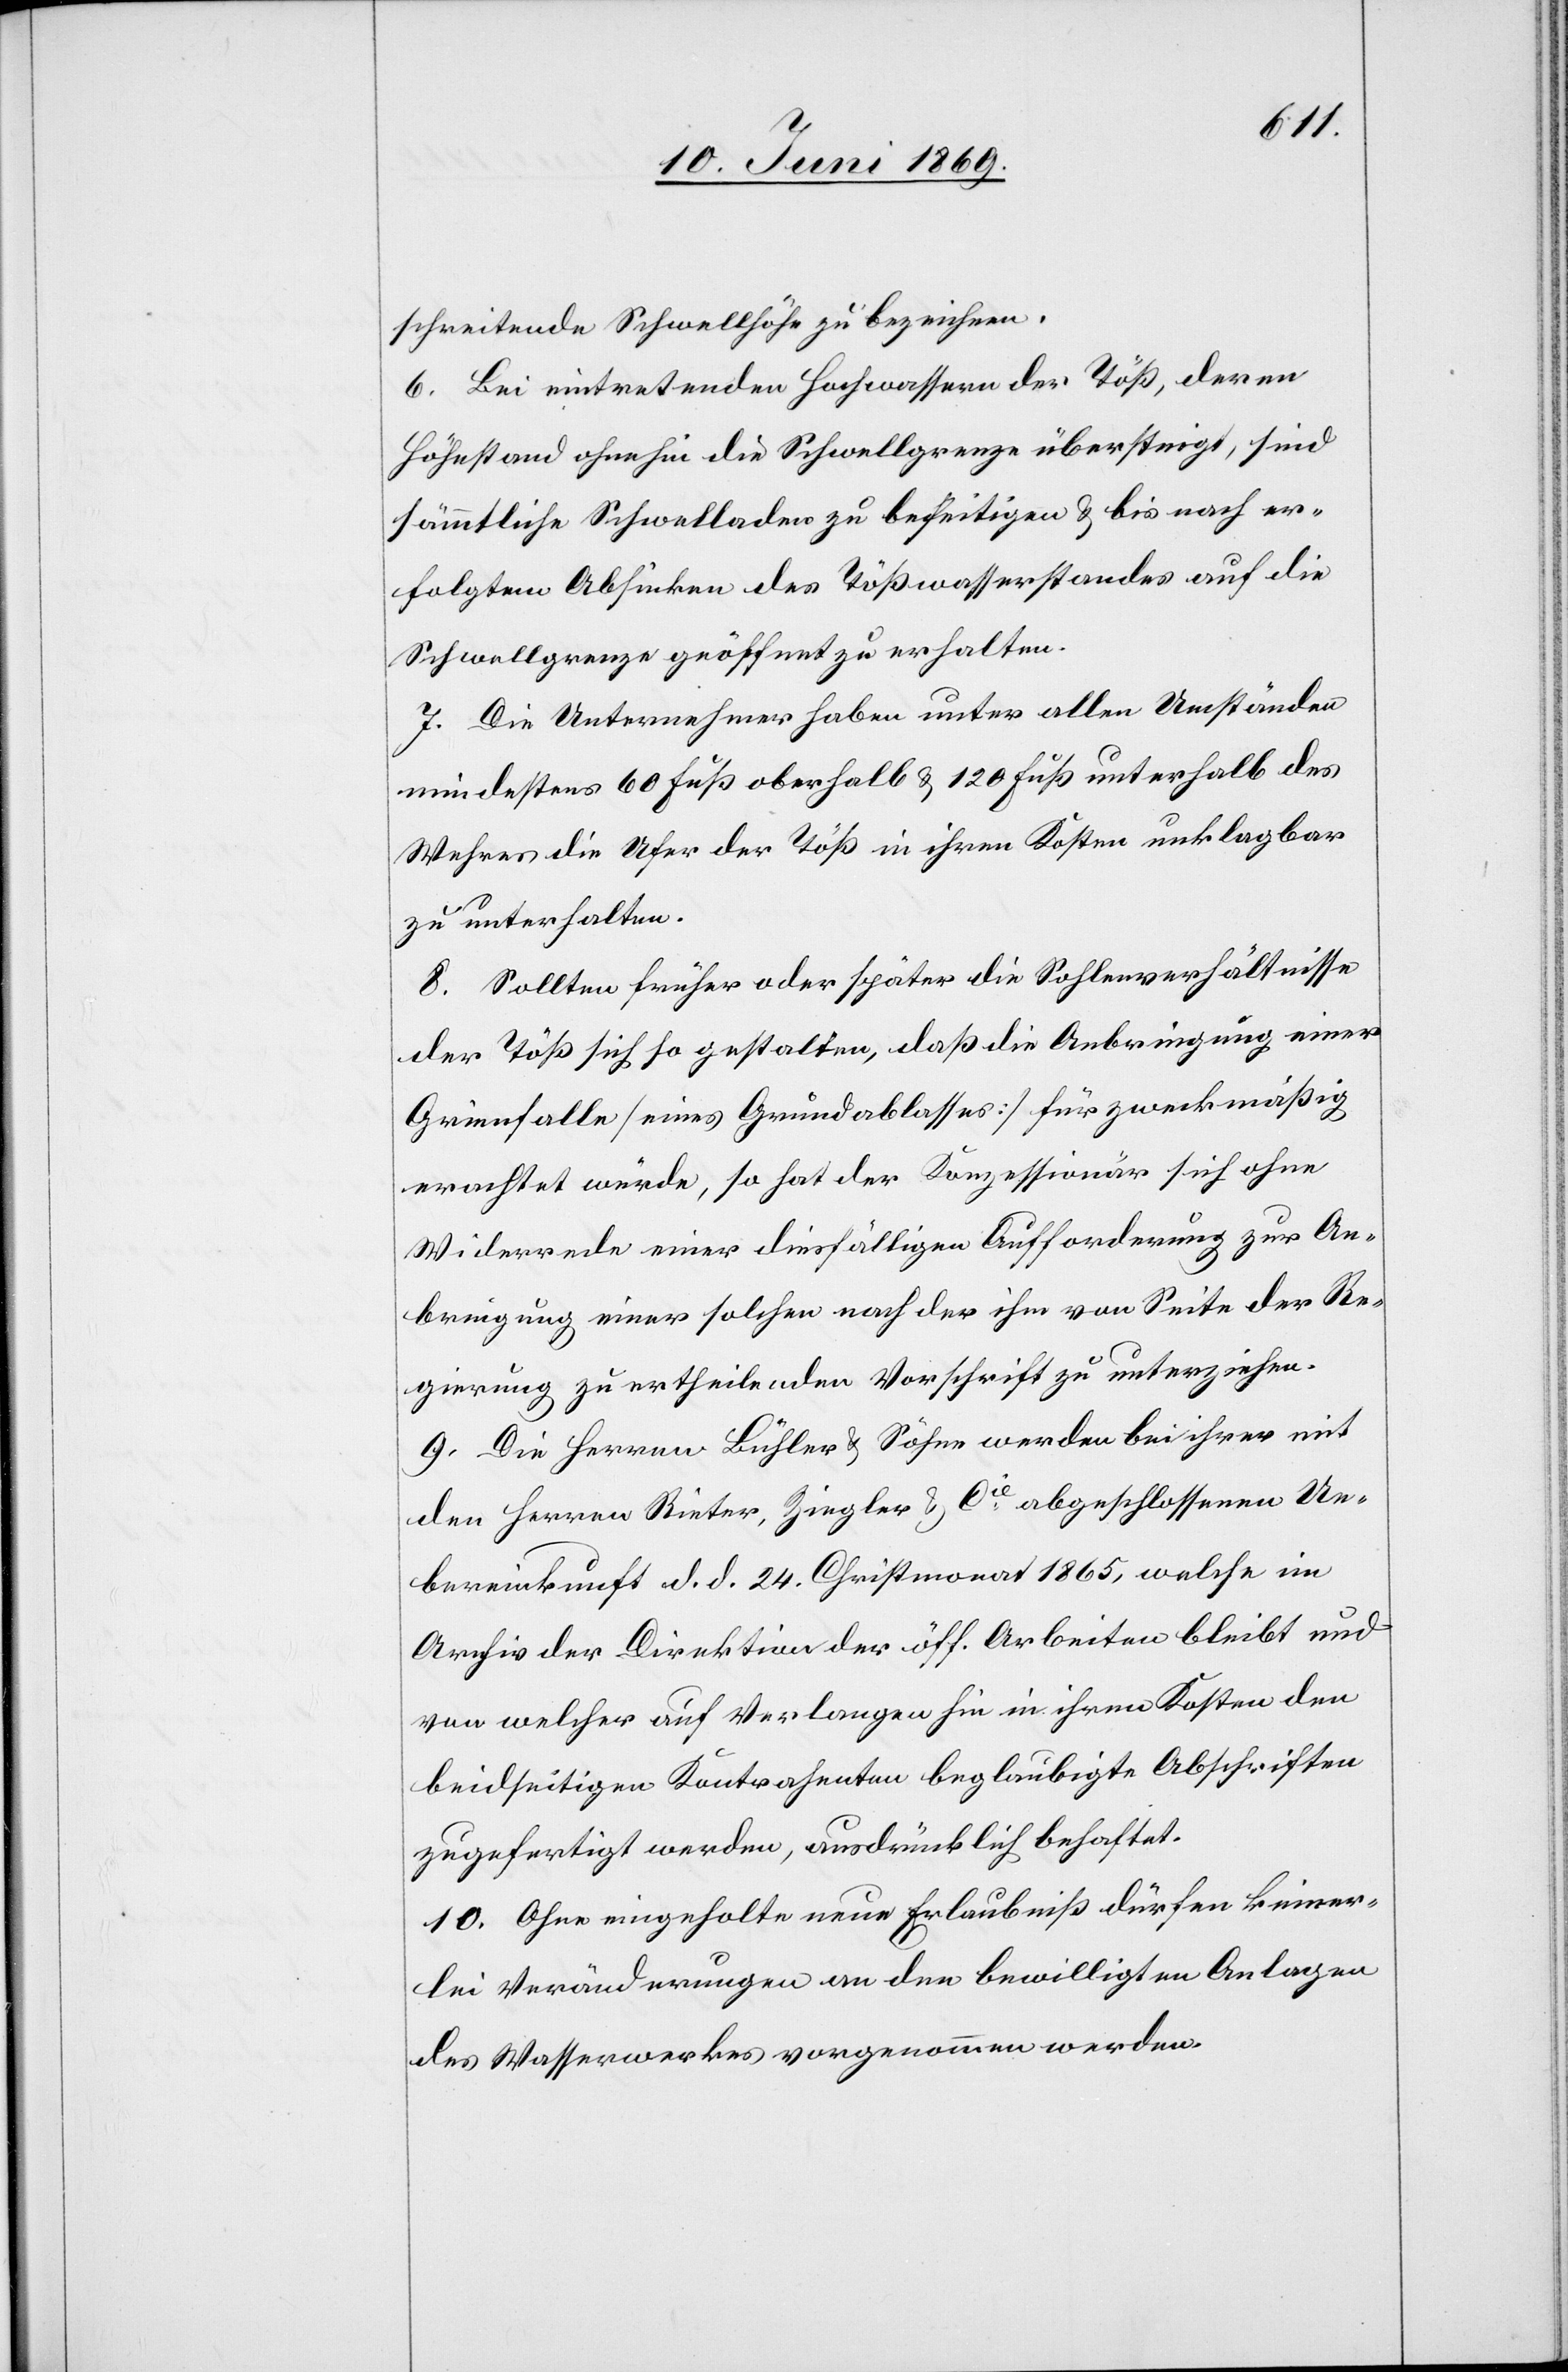
schreitende Schwellhöhe zu bezeichnen.
6. Bei eintretenden Hochwassern der Töß, deren
Höhestand ohnehin die Schwellgrenze übersteigt, sind
sämmtliche Schwelladen zu beseitigen u. bis nach er¬
folgtem Absinken des Tößwasserstandes auf die
Schwellgrenze geöffnet zu erhalten.
7. Die Unternehmer haben unter allen Umständen
mindestens 60 Fuß oberhalb u. 120 Fuß unterhalb des
Wehres die Ufer der Töß in ihren Kosten unklagbar
zu unterhalten.
8. Sollten früher oder später die Sohlenverhältnisse
der Töß sich so gestalten, daß die Anbringung einer
Grinnfalle [eines Grundablasses] für zweckmäßig
erachtet würde, so hat der Konzessionär sich ohne
Widerrede einer diesfälligen Aufforderung zur An¬
bringung einer solchen nach der ihm von Seite der Re¬
gierung zu ertheilenden Vorschrift zu unterziehen.
9. Die Herren Bühler u. Söhne werden bei ihrer mit
den Herren Rieter, Ziegler u Cie abgeschlossenen Ue¬
bereinkunft d. d. 24. Christmonat 1865, welche im
Archiv der Direktion der öff. Arbeiten bleibt und
von welcher auf Verlangen hin in ihren Kosten den
beidseitigen Kontrahenten beglaubigte Abschriften
zugefertigt werden, ausdrücklich behaftet.
10. Ohne eingeholte neue Erlaubniß dürfen keiner¬
lei Veränderungen an den bewilligten Anlagen
des Wasserwerkes vorgenommen werden.